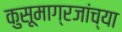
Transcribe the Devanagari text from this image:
कुसूमाग्रजांच्‍या